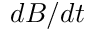
d B / d t